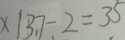
x \vert 3 7 - 2 = 3 5